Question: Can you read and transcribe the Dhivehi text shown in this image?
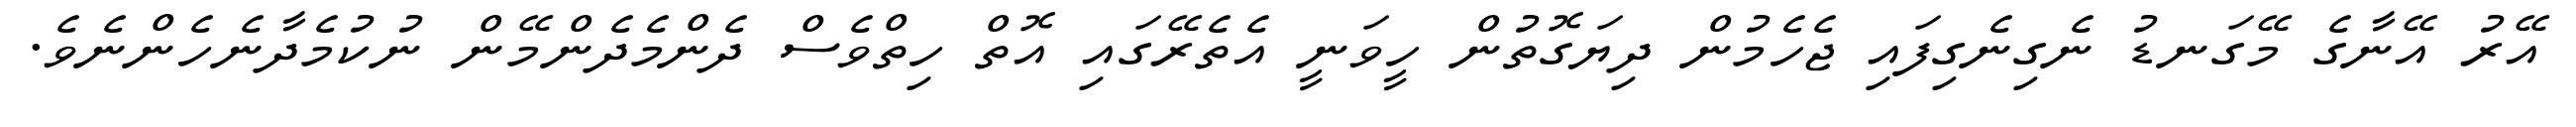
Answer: އޭރު އޭނާގެ މޭގަނޑު ނެގިނެގިފައި ޖެހެމުން ދިޔަގޮތުން ހީވަނީ އެތެރޭގައި އޮތް ހިތްވެސް ދެންމެދެންމޭން ނުކުމެދާނެހެންނެވެ.